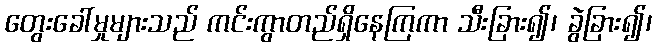
တွေးခေါ်မှုများသည် ကင်းကွာတည်ရှိနေကြကာ သီးခြား၍၊ ခွဲခြား၍၊